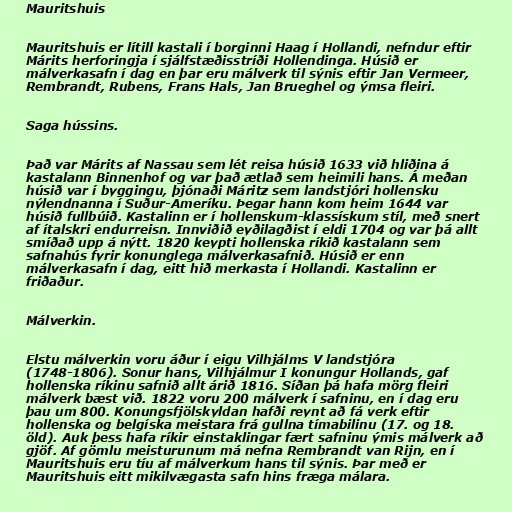
Mauritshuis

Mauritshuis er lítill kastali í borginni Haag í Hollandi, nefndur eftir
Márits herforingja í sjálfstæðisstríði Hollendinga. Húsið er
málverkasafn í dag en þar eru málverk til sýnis eftir Jan Vermeer,
Rembrandt, Rubens, Frans Hals, Jan Brueghel og ýmsa fleiri.

Saga hússins.

Það var Márits af Nassau sem lét reisa húsið 1633 við hliðina á
kastalann Binnenhof og var það ætlað sem heimili hans. Á meðan
húsið var í byggingu, þjónaði Máritz sem landstjóri hollensku
nýlendnanna í Suður-Ameríku. Þegar hann kom heim 1644 var
húsið fullbúið. Kastalinn er í hollenskum-klassískum stíl, með snert
af ítalskri endurreisn. Innviðið eyðilagðist í eldi 1704 og var þá allt
smíðað upp á nýtt. 1820 keypti hollenska ríkið kastalann sem
safnahús fyrir konunglega málverkasafnið. Húsið er enn
málverkasafn í dag, eitt hið merkasta í Hollandi. Kastalinn er
friðaður.

Málverkin.

Elstu málverkin voru áður í eigu Vilhjálms V landstjóra
(1748-1806). Sonur hans, Vilhjálmur I konungur Hollands, gaf
hollenska ríkinu safnið allt árið 1816. Síðan þá hafa mörg fleiri
málverk bæst við. 1822 voru 200 málverk í safninu, en í dag eru
þau um 800. Konungsfjölskyldan hafði reynt að fá verk eftir
hollenska og belgíska meistara frá gullna tímabilinu (17. og 18.
öld). Auk þess hafa ríkir einstaklingar fært safninu ýmis málverk að
gjöf. Af gömlu meisturunum má nefna Rembrandt van Rijn, en í
Mauritshuis eru tíu af málverkum hans til sýnis. Þar með er
Mauritshuis eitt mikilvægasta safn hins fræga málara.